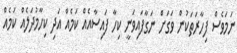
ނަމަވެސް ފިހާރަތަކުން ވަގަށް ނަގާފައިވަނީ ކިހާ ފައިސާއެއް ކަމެއް އަދި ކިހާމުދަލެއް ކަމެއް